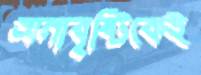
অনাবৃষ্টিকেই